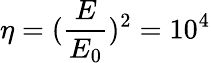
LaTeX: \eta=(\frac{E}{E_{0}})^{2}=10^{4}